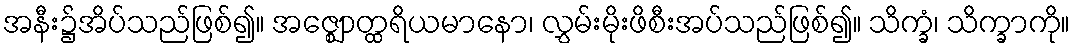
အနီး၌အိပ်သည်ဖြစ်၍။ အဇ္ဈောတ္ထရိယမာနော၊ လွှမ်းမိုးဖိစီးအပ်သည်ဖြစ်၍။ သိက္ခံ၊ သိက္ခာကို။